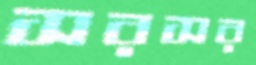
সরসর